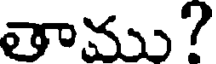
తాము?